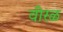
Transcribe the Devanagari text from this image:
वीरळ